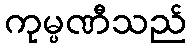
ကုမ္ပဏီသည်